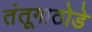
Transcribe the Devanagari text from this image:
तंतूगाठोडे